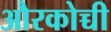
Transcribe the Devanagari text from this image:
औरकोच्ची